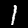
Label: 1